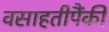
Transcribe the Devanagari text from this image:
वसाहतीपैंकी